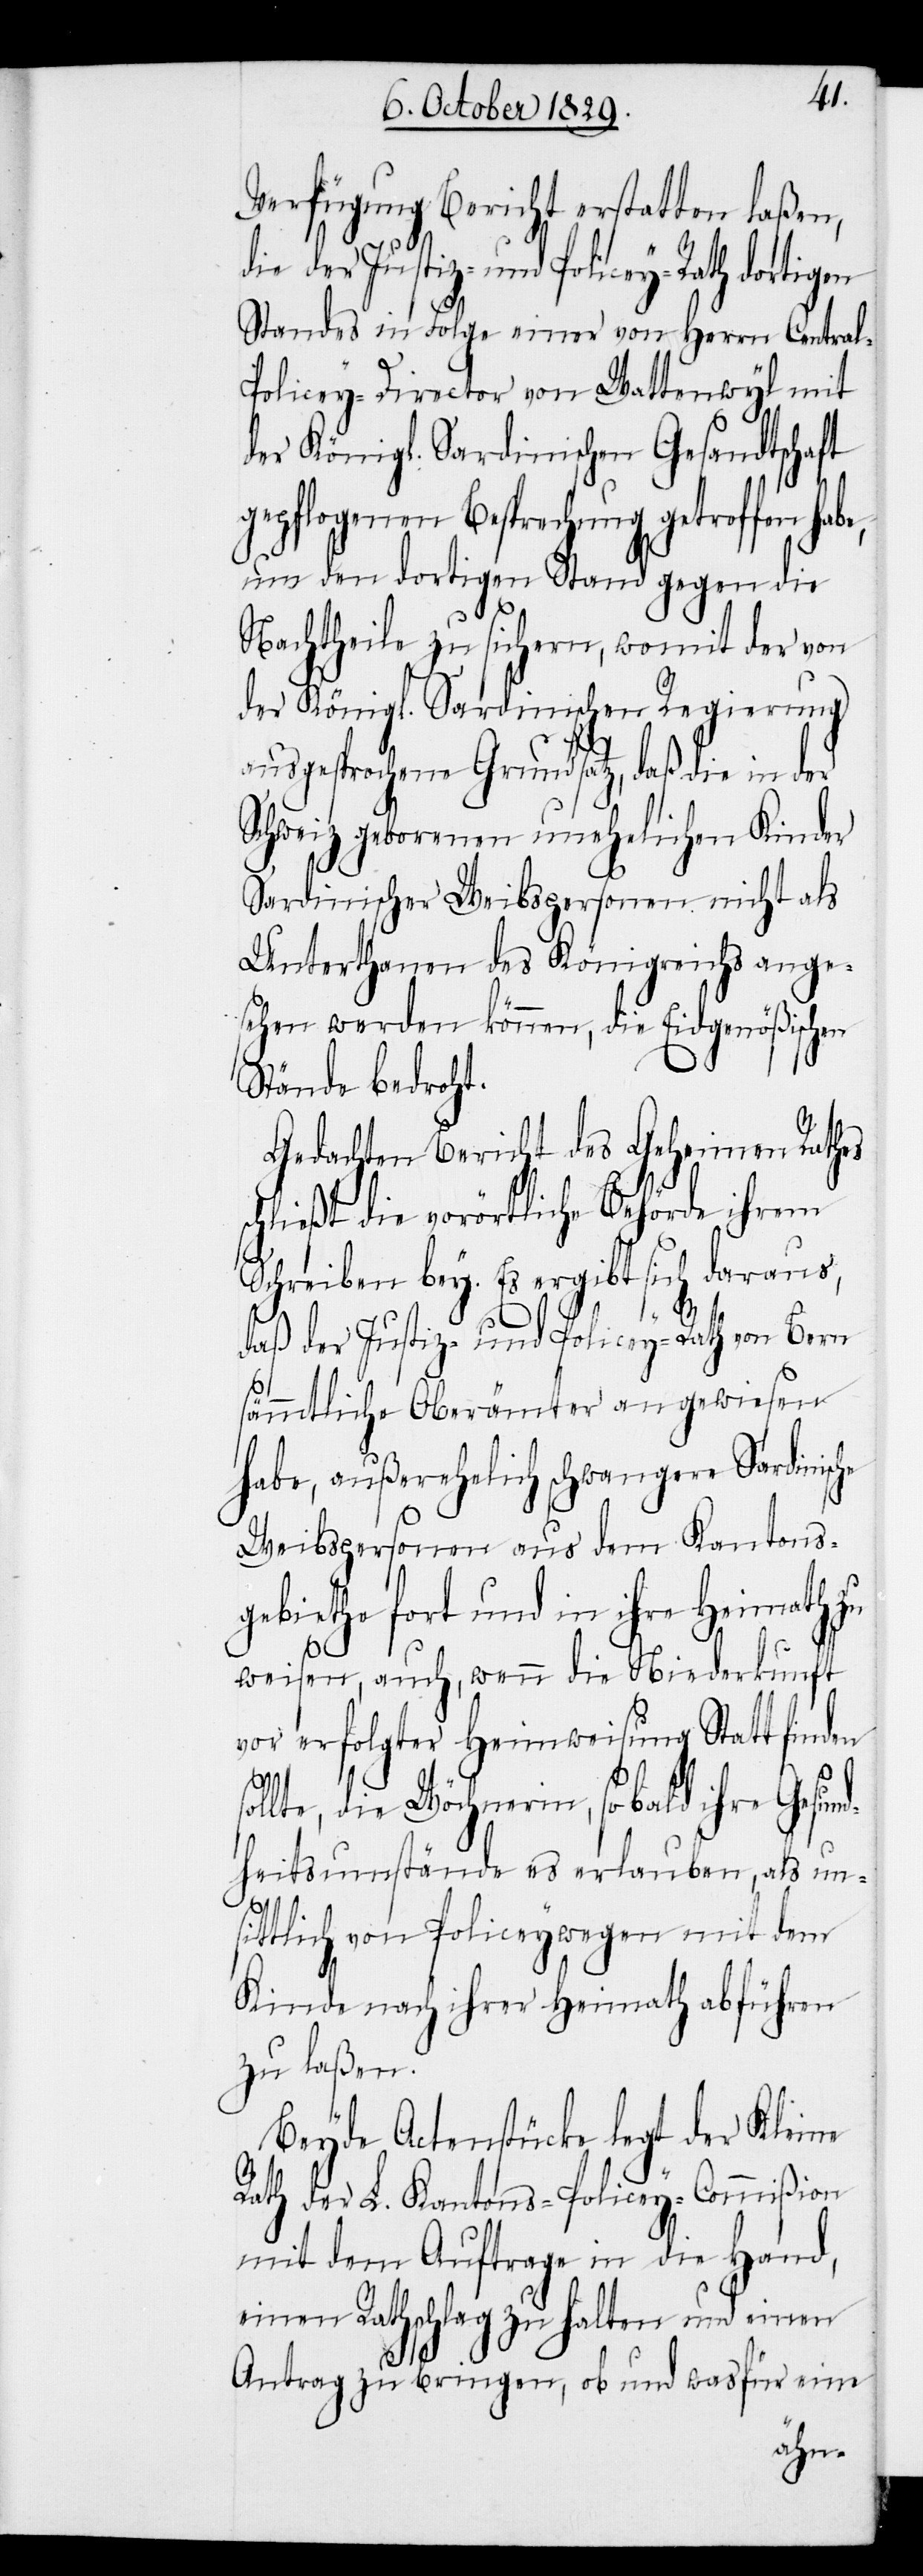
Verfügung Bericht erstatten laßen,
Standes in Folge einer von Herrn Central-P¬
olicey-Director von Wattenwyl mit
der Königl. Sardinischen Gesandtschaft
gepflogenen Besprechung getroffen hab¬
um den dortigen Stand gegen die
Nachtheile zu sichern, womit der von
der Königl. Sardinischen Regierung
ausgesprochene Grundsatz, daß die in
Schweiz geborenen unehelichen Kinder
Sardinischer Weibspersonen nicht als
Unterthanen des Königreichs ange¬
sehen werden können, die Eidgenößischen
Stände bedroht.
Gedachten Bericht des Geheimen Rathes
chließt die vorörtliche Behörde ihrem
Schreiben bey. Es ergibt sich daraus,
daß der Justiz- und Policey-Rath von Bern
sol¬
sämmtliche Oberämter angewiesen
habe, außerehelich schwangere Sardinisc¬
Weibspersonen aus dem Kantons¬
gebiethe fort und in ihre Heimath zu
weisen, auch, wenn die Niederkunft
vor erfolgter Heimweisung Statt finden
lte, die Wöchnerin, so bald ihre Gesu¬
ndheitsumstände es erlauben, als un¬
s¬
he
sittlich von Policeywegen mit dem
Kinde nach ihrer Heimath abführen
zu laßen.
Beyde Actenstücke legt der Kleine
Rath der L. Kantons-Policey-Commißion
mit dem Auftrage in die Hand,
einen Rathschlag zu halten und einen
Antrag zu bringen, ob und wasfür eine